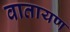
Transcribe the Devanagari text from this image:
वातायण